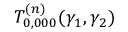
T _ { 0 , 0 0 0 } ^ { ( n ) } ( \gamma _ { 1 } , \gamma _ { 2 } )